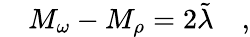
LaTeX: \quad M_{\omega}-M_{\rho}=2\tilde{\lambda}\quad,